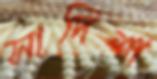
সাদিশা